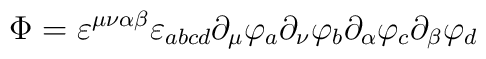
\Phi =  \varepsilon^{\mu\nu\alpha\beta}  \varepsilon_{abcd}                   \partial_{\mu} \varphi_{a} \partial_{\nu} \varphi_{b} \partial_{\alpha}       \varphi_{c} \partial_{\beta} \varphi_{d}